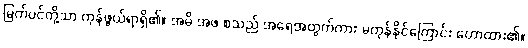
မြက်ပင်တို့သာ ကုန်ဖွယ်ရာရှိ၏။ အမိ အဖ စသည် အရေအတွက်ကား မကုန်နိုင်ကြောင်း ဟောထား၏။